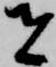
者